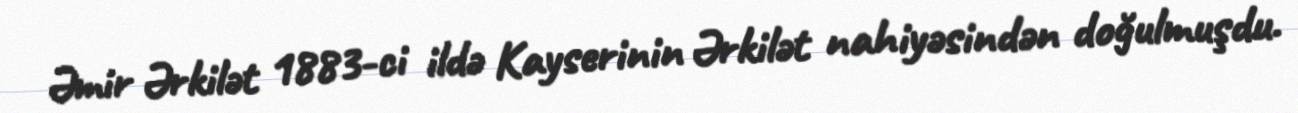
Əmir Ərkilət 1883-ci ildə Kayserinin Ərkilət nahiyəsindən doğulmuşdu.